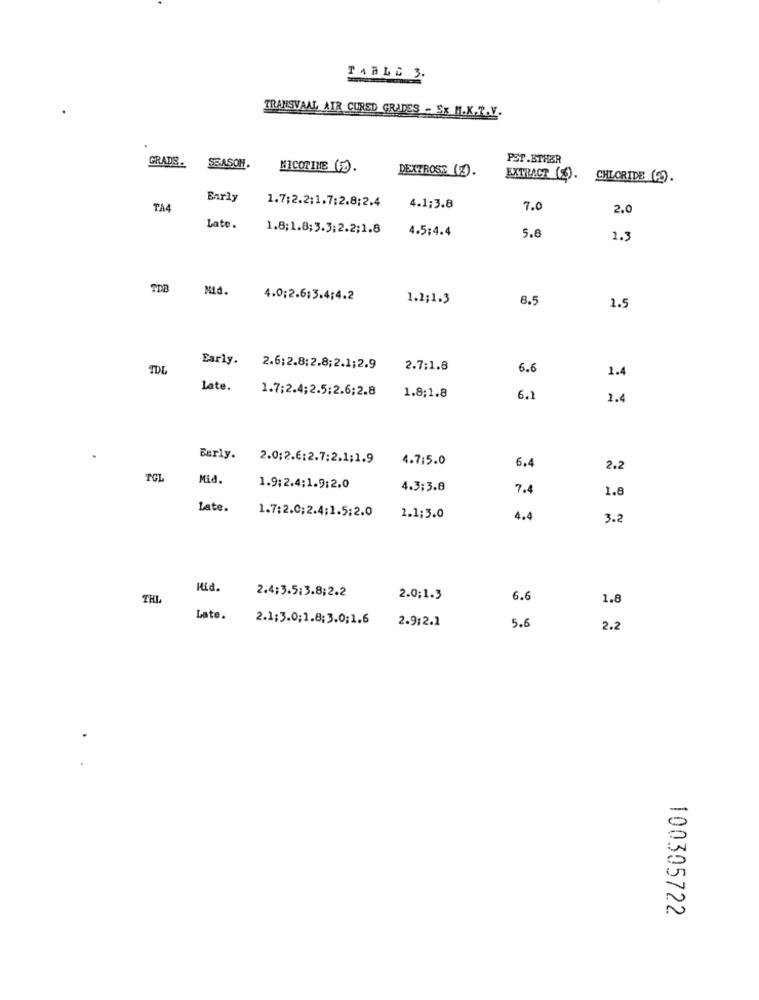
TABLE 3.
TRANSVAAL AIR CURED GRADES - Ex M.X.T.V.
GRADS.
PST.BTHER
SEASON.
MICOR INE (F).
DEXTROSE (Z).
EXTRACT (S).
CHLORIDE ().
Early
1.7:2.2:1.7:2.8;2.4
TA4
4.1;3.8
7.0
2.0
Late.
1.8;1.8;3.3; 2.2;1.8
4.5:4.4
5.8
1.3
TDB
Mid.
4.0;2.6:3.4;4.2
1.1;1.3
8.5
1.5
Early.
TOL
2.6;2.8:2.8;2.1;2.9
2.7:1.8
6.6
1.4
Late.
1.7;2.4;2.5:2.6;2.8
1.8;1.8
6.1
1.4
Early.
2.0;2.6:2.7:2.1;1.9
4.7:5.0
6.4
2.2
TGL
Mid.
1.9:2.4:1.9:2.0
4.3:3.8
7.4
1.8
Late.
1.7:2.0;2.4;1.5:2.0
1.1;3.0
4.4
3.2
Hid.
2.4;3.5:3.8;2.2
THI
2.0;1.3
6.6
1.8
Late.
2.1;3.0;1.8;3.0;1.6
2.9:2.1
5.
2.2
100305722